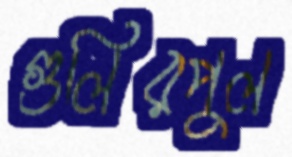
গুলিরপুল